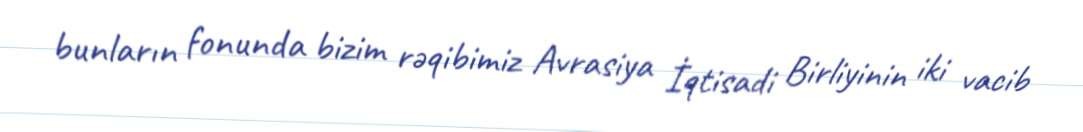
bunların fonunda bizim rəqibimiz Avrasiya İqtisadi Birliyinin iki vacib